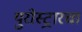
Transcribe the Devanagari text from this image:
युरोस्ट्रारचा